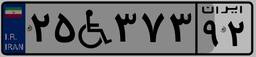
۰۱W۲۳۶۰۸